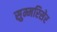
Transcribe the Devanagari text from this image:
सुम्मरिसेर